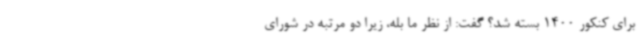
برای کنکور 1400 بسته شد؟ گفت: از نظر ما بله، زیرا دو مرتبه در شورای